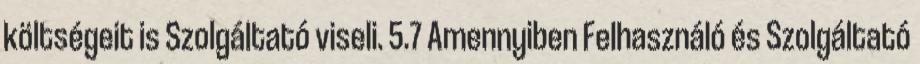
költségeit is Szolgáltató viseli. 5.7 Amennyiben Felhasználó és Szolgáltató